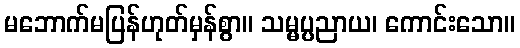
မဘောက်မပြန်ဟုတ်မှန်စွာ။ သမ္မပ္ပညာယ၊ ကောင်းသော။